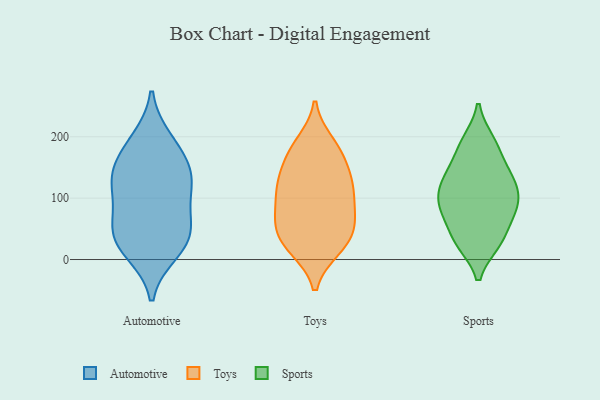
{"axis": {"x": "Bounce Rate (%)", "y": "Value"}, "legend": ["Automotive", "Sports", "Toys"], "data": [{"x": "", "y": 122, "type": "Automotive"}, {"x": "", "y": 151, "type": "Automotive"}, {"x": "", "y": 47, "type": "Automotive"}, {"x": "", "y": 79, "type": "Automotive"}, {"x": "", "y": 12, "type": "Automotive"}, {"x": "", "y": 140, "type": "Automotive"}, {"x": "", "y": 19, "type": "Automotive"}, {"x": "", "y": 43, "type": "Automotive"}, {"x": "", "y": 104, "type": "Automotive"}, {"x": "", "y": 43, "type": "Automotive"}, {"x": "", "y": 195, "type": "Automotive"}, {"x": "", "y": 184, "type": "Automotive"}, {"x": "", "y": 136, "type": "Automotive"}, {"x": "", "y": 127, "type": "Toys"}, {"x": "", "y": 190, "type": "Toys"}, {"x": "", "y": 92, "type": "Toys"}, {"x": "", "y": 176, "type": "Toys"}, {"x": "", "y": 57, "type": "Toys"}, {"x": "", "y": 55, "type": "Toys"}, {"x": "", "y": 18, "type": "Toys"}, {"x": "", "y": 19, "type": "Toys"}, {"x": "", "y": 33, "type": "Toys"}, {"x": "", "y": 127, "type": "Toys"}, {"x": "", "y": 128, "type": "Toys"}, {"x": "", "y": 100, "type": "Toys"}, {"x": "", "y": 167, "type": "Toys"}, {"x": "", "y": 67, "type": "Toys"}, {"x": "", "y": 30, "type": "Sports"}, {"x": "", "y": 70, "type": "Sports"}, {"x": "", "y": 157, "type": "Sports"}, {"x": "", "y": 79, "type": "Sports"}, {"x": "", "y": 87, "type": "Sports"}, {"x": "", "y": 193, "type": "Sports"}, {"x": "", "y": 182, "type": "Sports"}, {"x": "", "y": 67, "type": "Sports"}, {"x": "", "y": 193, "type": "Sports"}, {"x": "", "y": 101, "type": "Sports"}, {"x": "", "y": 118, "type": "Sports"}, {"x": "", "y": 140, "type": "Sports"}, {"x": "", "y": 98, "type": "Sports"}, {"x": "", "y": 27, "type": "Sports"}, {"x": "", "y": 123, "type": "Sports"}, {"x": "", "y": 87, "type": "Sports"}, {"x": "", "y": 127, "type": "Sports"}, {"x": "", "y": 28, "type": "Sports"}, {"x": "", "y": 28, "type": "Sports"}, {"x": "", "y": 137, "type": "Sports"}]}